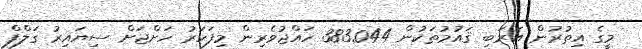
މީގެ އިތުރުން އަރަބި ޤައުމުތަކުން 383